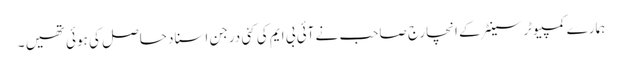
ہمارے کمپیوٹر سینٹر کے انچارج صاحب نے آئی بی ایم کی کئی درجن اسناد حاصل کی ہوئی تھیں ۔